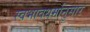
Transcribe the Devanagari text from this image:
स्वभावधर्मानुसार